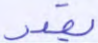
يقدر